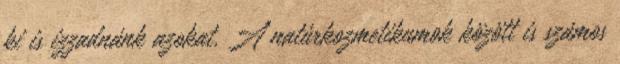
ki is izzadnánk azokat. A natúrkozmetikumok között is számos